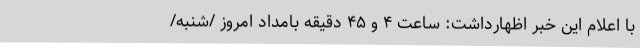
با اعلام این خبر اظهارداشت: ساعت ۴ و ۴۵ دقیقه بامداد امروز /شنبه/